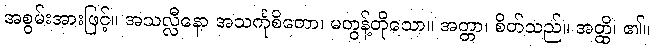
အစွမ်းအားဖြင့်။ အသလ္လီနော အသင်္ကုစိတော၊ မတွန့်တိုသော။ အတ္တာ၊ စိတ်သည်။ အတ္ထိ၊ ၏။